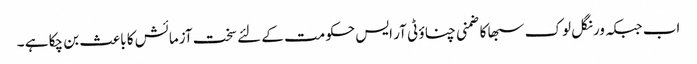
اب جبکہ ورنگل لوک سبھا کا ضمنی چناؤ ٹی آر ایس حکومت کے لئے سخت آزمائش کا باعث بن چکا ہے ۔